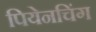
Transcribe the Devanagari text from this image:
पियेनचिंग